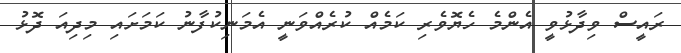
ރައީސް ވިދާޅުވީ އެންމެ ހެޔޮވެރި ކަމެއް ކުރެއްވަނީ އެމަނިކުފާނު ކަމަށައި މިދިއަ ދޮޅު